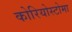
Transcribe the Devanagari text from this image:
कोरियोस्टोमा